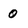
Character: 0